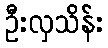
ဦးလှသိန်း